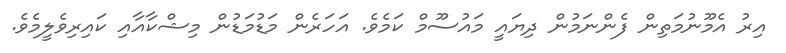
އިރު އެމޫނުމަތިން ފެންނަމުން ދިޔައީ މައުސޫމް ކަމެވެ. އަހަރެން މަޑުމަޑުން މިޝްކާއާއި ކައިރިވެލީމެވެ.